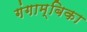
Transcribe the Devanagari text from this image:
गंगाम्बिका